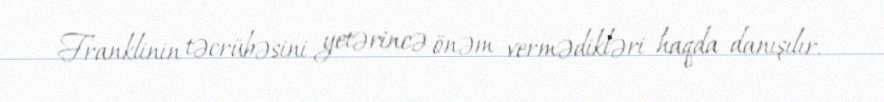
Franklinin təcrübəsini yetərincə önəm vermədikləri haqda danışılır.